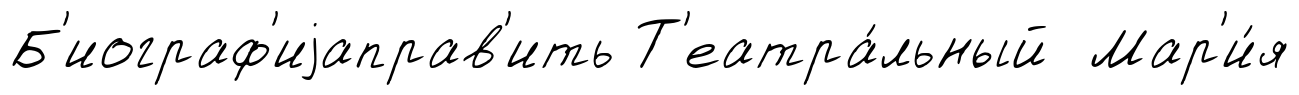
Б'иограф'иjаправ'ить Т'еатра́льный Мар'и́я